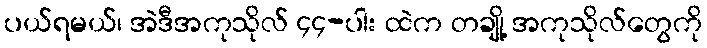
ပယ်ရမယ်၊ အဲဒီအကုသိုလ် ၄၄-ပါး ထဲက တချို့ အကုသိုလ်တွေကို